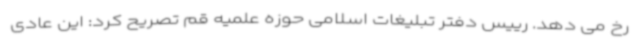
رخ می دهد. رییس دفتر تبلیغات اسلامی حوزه علمیه قم تصریح کرد: این عادی